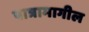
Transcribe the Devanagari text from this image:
पात्रामागील